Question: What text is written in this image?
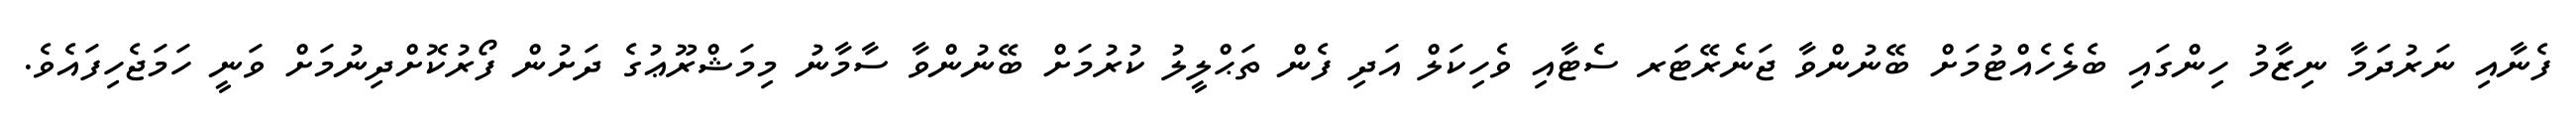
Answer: ފެނާއި ނަރުދަމާ ނިޒާމު ހިންގައި ބެލެހެއްޓުމަށް ބޭނުންވާ ޖަނެރޭޓަރ ސެޓާއި ވެހިކަލް އަދި ފެން ތަޙްލީލު ކުރުމަށް ބޭނުންވާ ސާމާނު މިމަޝްރޫޢުގެ ދަށުން ފޯރުކޮށްދިނުމަށް ވަނީ ހަމަޖެހިފައެވެ.